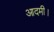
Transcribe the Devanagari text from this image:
आदमी।